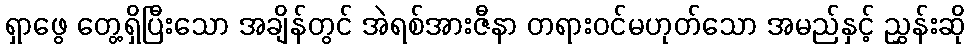
ရှာဖွေ တွေ့ရှိပြီးသော အချိန်တွင် အဲရစ်အားဇီနာ တရားဝင်မဟုတ်သော အမည်နှင့် ညွှန်းဆို